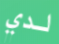
لدي